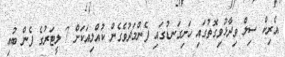
އެރިކް ސިލް ވިދާޅުވިގޮތުގައި ހަށިގަނޑުގައި ފެންމަދުވެގެން ކުއްލިއަކަށް 7 ލީޓަރުގެ ފެން ބުއި